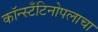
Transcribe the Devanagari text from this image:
कॉन्स्टँटिनोपलाचा